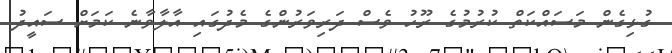
ގުޅިގެން މަސައްކަތް ކުރުމުގެ ރޫހު ވެސް ދަރިވަރުންގެ މެދުގައި އާލާވާނެ ކަމަށް ސައީދު